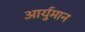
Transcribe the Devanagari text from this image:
आर्युमान